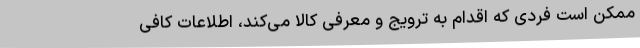
ممکن است فردی که اقدام به ترویج و معرفی کالا می‌کند، اطلاعات کافی